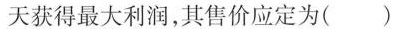
天获得最大利润，其售价应定为()